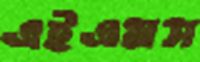
এইএমস